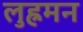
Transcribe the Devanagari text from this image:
लुह्रमन